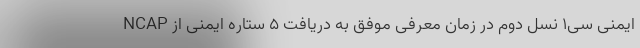
ایمنی سی1 نسل دوم در زمان معرفی موفق به دریافت 5 ستاره ایمنی از NCAP